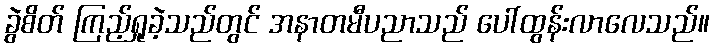
ခွဲစိတ် ကြည့်ရှုခဲ့သည်တွင် အနာတမီပညာသည် ပေါ်ထွန်းလာလေသည်။